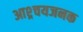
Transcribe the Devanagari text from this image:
आश्र्चयजनक